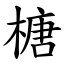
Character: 榶